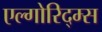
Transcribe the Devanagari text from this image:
एल्गोरिद्म्स